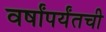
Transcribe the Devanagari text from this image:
वर्षांपर्यंतची